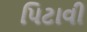
પિટાવી